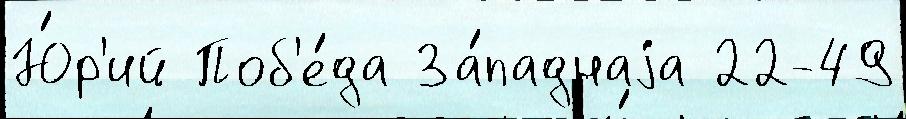
Ю́р'ий Поб'е́да За́паднаjа 22-49